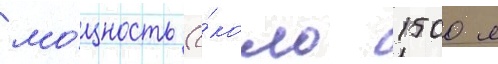
мо́щность (о́коло 1500 л